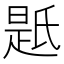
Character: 𭦯